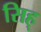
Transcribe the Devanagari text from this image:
सिह्